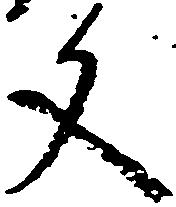
文